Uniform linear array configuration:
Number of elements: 64
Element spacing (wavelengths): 1
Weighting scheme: kaiser
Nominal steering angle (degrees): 15
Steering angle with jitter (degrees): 15.67
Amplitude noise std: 0.05
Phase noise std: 0.05

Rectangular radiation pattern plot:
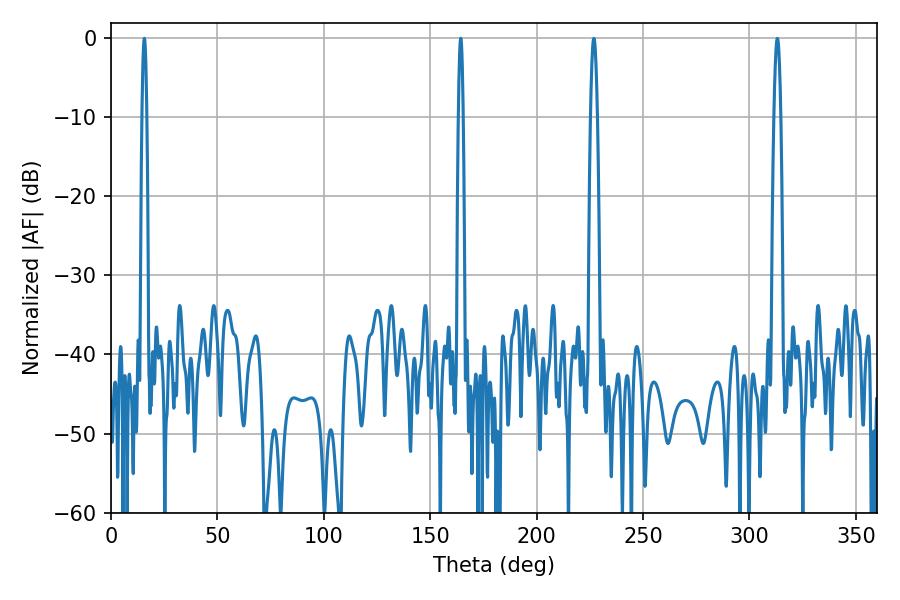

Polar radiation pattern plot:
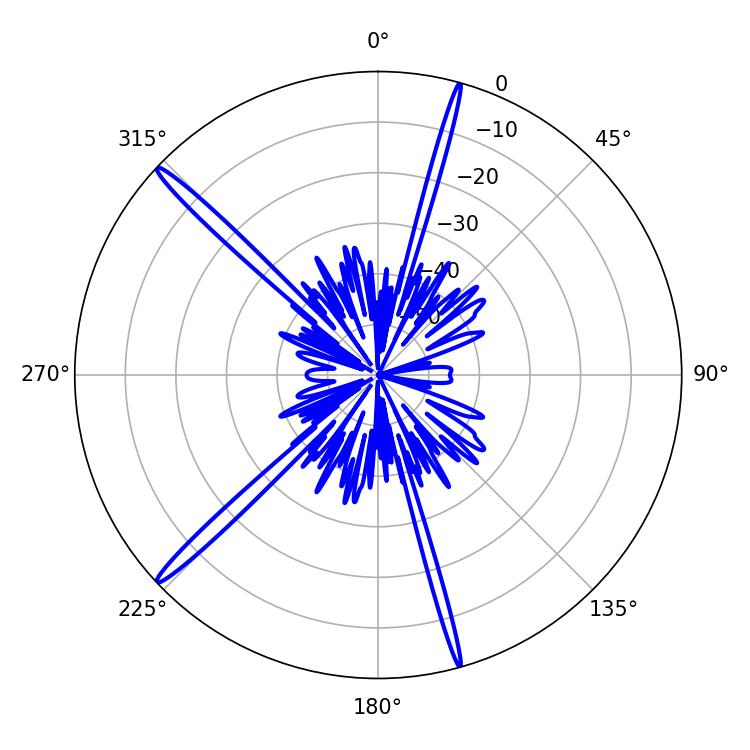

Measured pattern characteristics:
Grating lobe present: TRUE
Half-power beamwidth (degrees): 1.08
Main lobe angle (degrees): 15.66